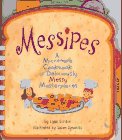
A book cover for Messipes: A Microwave Cookbook of Deliciously Messy Masterpieces; Lynn Gordon; Cookbooks, Food & Wine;